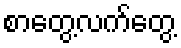
စာတွေ့လက်တွေ့